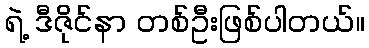
ရဲ့ ဒီဇိုင်နာ တစ်ဦးဖြစ်ပါတယ်။